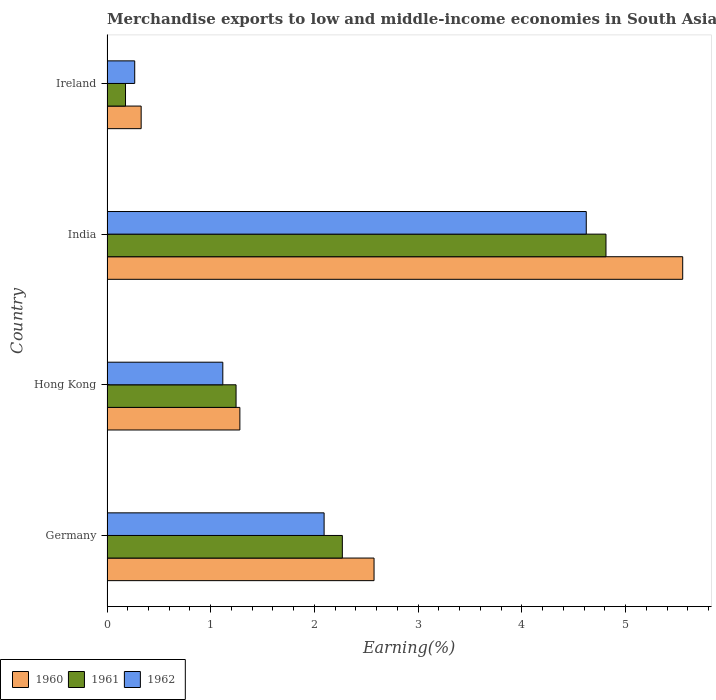
| Country | 1960 | 1961 | 1962 |
 | --- | --- | --- | --- |
 | Germany | 2.57 | 2.27 | 2.09 |
 | Hong Kong | 1.28 | 1.24 | 1.12 |
 | India | 5.55 | 4.81 | 4.62 |
 | Ireland | 0.329 | 0.179 | 0.267 |